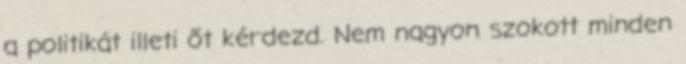
a politikát illeti őt kérdezd. Nem nagyon szokott minden